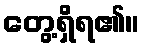
တွေ့ရှိရ၏။